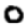
Digit: 0